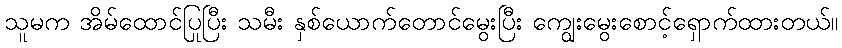
သူမက အိမ်ထောင်ပြုပြီး သမီး နှစ်ယောက်တောင်မွေးပြီး ကျွေးမွေးစောင့်ရှောက်ထားတယ်။